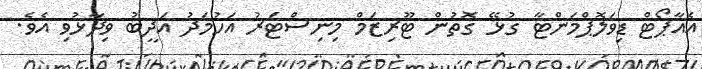
އެއާޕޯޓް ޑިވަލޮޕްމަންޓާ ގުޅޭ ގޮތުން ޓޫރިޒަމް މިނިސްޓަރު އަހުމަދު އަދީބު ވިދާޅުވި އެވެ.